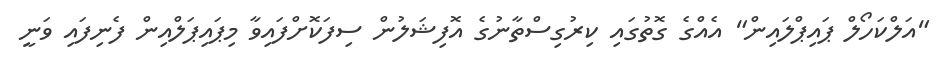
"އަލްކަހޯލް ޕައިޕްލައިން" އެއްގެ ގޮތުގައި ކިރުގިސްތާނުގެ އޮފިޝަލުން ސިފަކޮށްފައިވާ މިޕައިޕަލްއިން ފެނިފައި ވަނީ